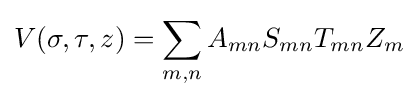
V(\sigma ,\tau ,z)=\sum _{m,n}A_{mn}S_{mn}T_{mn}Z_{m}